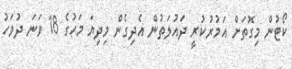
ކޯޓުން މިގޮތަށް އަމުރުކުރީ ދައުލަތުން އެދިގެން މިދިޔަ މަހުގެ 18 ވަނަ ދުވަހު